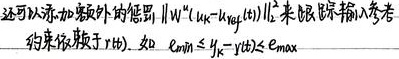
还可以添加额外的惩罚 $\left\|W\left(u_{k}-u_{k \mathrm{ref}}\right)\right\|_{2}^{2}$ 来跟踪输入参考约束依赖于 $r(t)$，如 $e_{\min } \leq y_{k}-y(t) \leq e_{\max }$ 。